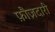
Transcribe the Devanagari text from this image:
फ़ौज़दारी